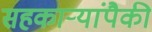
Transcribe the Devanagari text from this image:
सहकार्‍यांपैकी